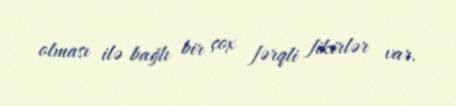
olması ilə bağlı bir çox fərqli fikirlər var.